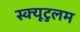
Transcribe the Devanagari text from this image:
स्क्यूटुलम